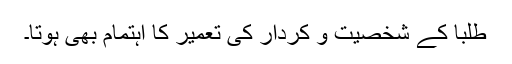
طلبا کے شخصیت و کردار کی تعمیر کا اہتمام بھی ہوتا۔